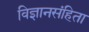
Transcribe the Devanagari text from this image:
विज्ञानसंहिता